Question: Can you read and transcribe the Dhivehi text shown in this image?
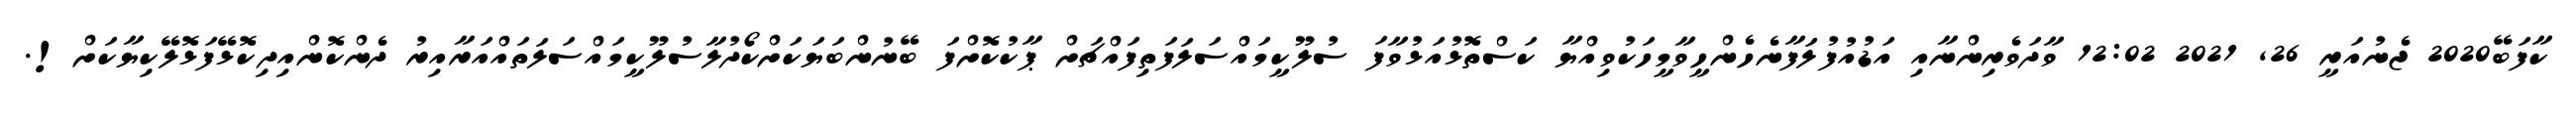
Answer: ކާފަބޭ2020 ޖެނުއަރީ 26, 2021 12:02 ވާދަވެރިންނާއި އަޑުއުފުލަފާނެހެންހީވާމީހަކުވިއްޔާ ކަސްތޮޅުއަޅުވާފަ ސުލޫކީމައްސަލަފަތިފައްޗަށް ޕާކުކޮށްފަ ބޭނުންބަޔަކަށްކޯދުލާސުލޫކީމައްސަލަތައްއަރާއިރު ދެންކޮންއިދިކޮޅޭފަޅޮލޭކިޔާކަށް!.